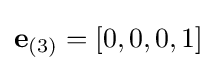
\mathbf {e} _{(3)}=[0,0,0,1]